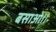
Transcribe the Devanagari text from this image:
बसाओ।।